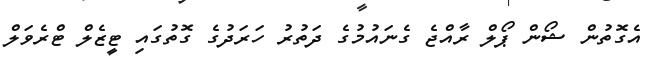
އެގޮތުން ޝޯން ޕޯލް ރާއްޖެ ގެނައުމުގެ ދަތުރު ހަރަދުގެ ގޮތުގައި ޓީޒެލް ޓްރެވަލް